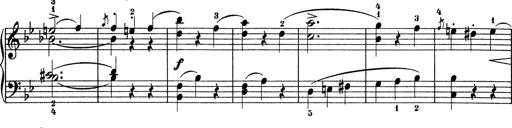
Title: 5 Sonatinen fÃ¼r die Jugend
Composer: Carl Reinecke